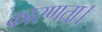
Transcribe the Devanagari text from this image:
कारणता।